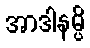
အာဒါနမ္ပိ